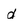
Character: d